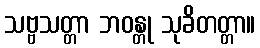
သဗ္ဗသတ္တာ ဘဝန္တု သုခိတတ္တာ။